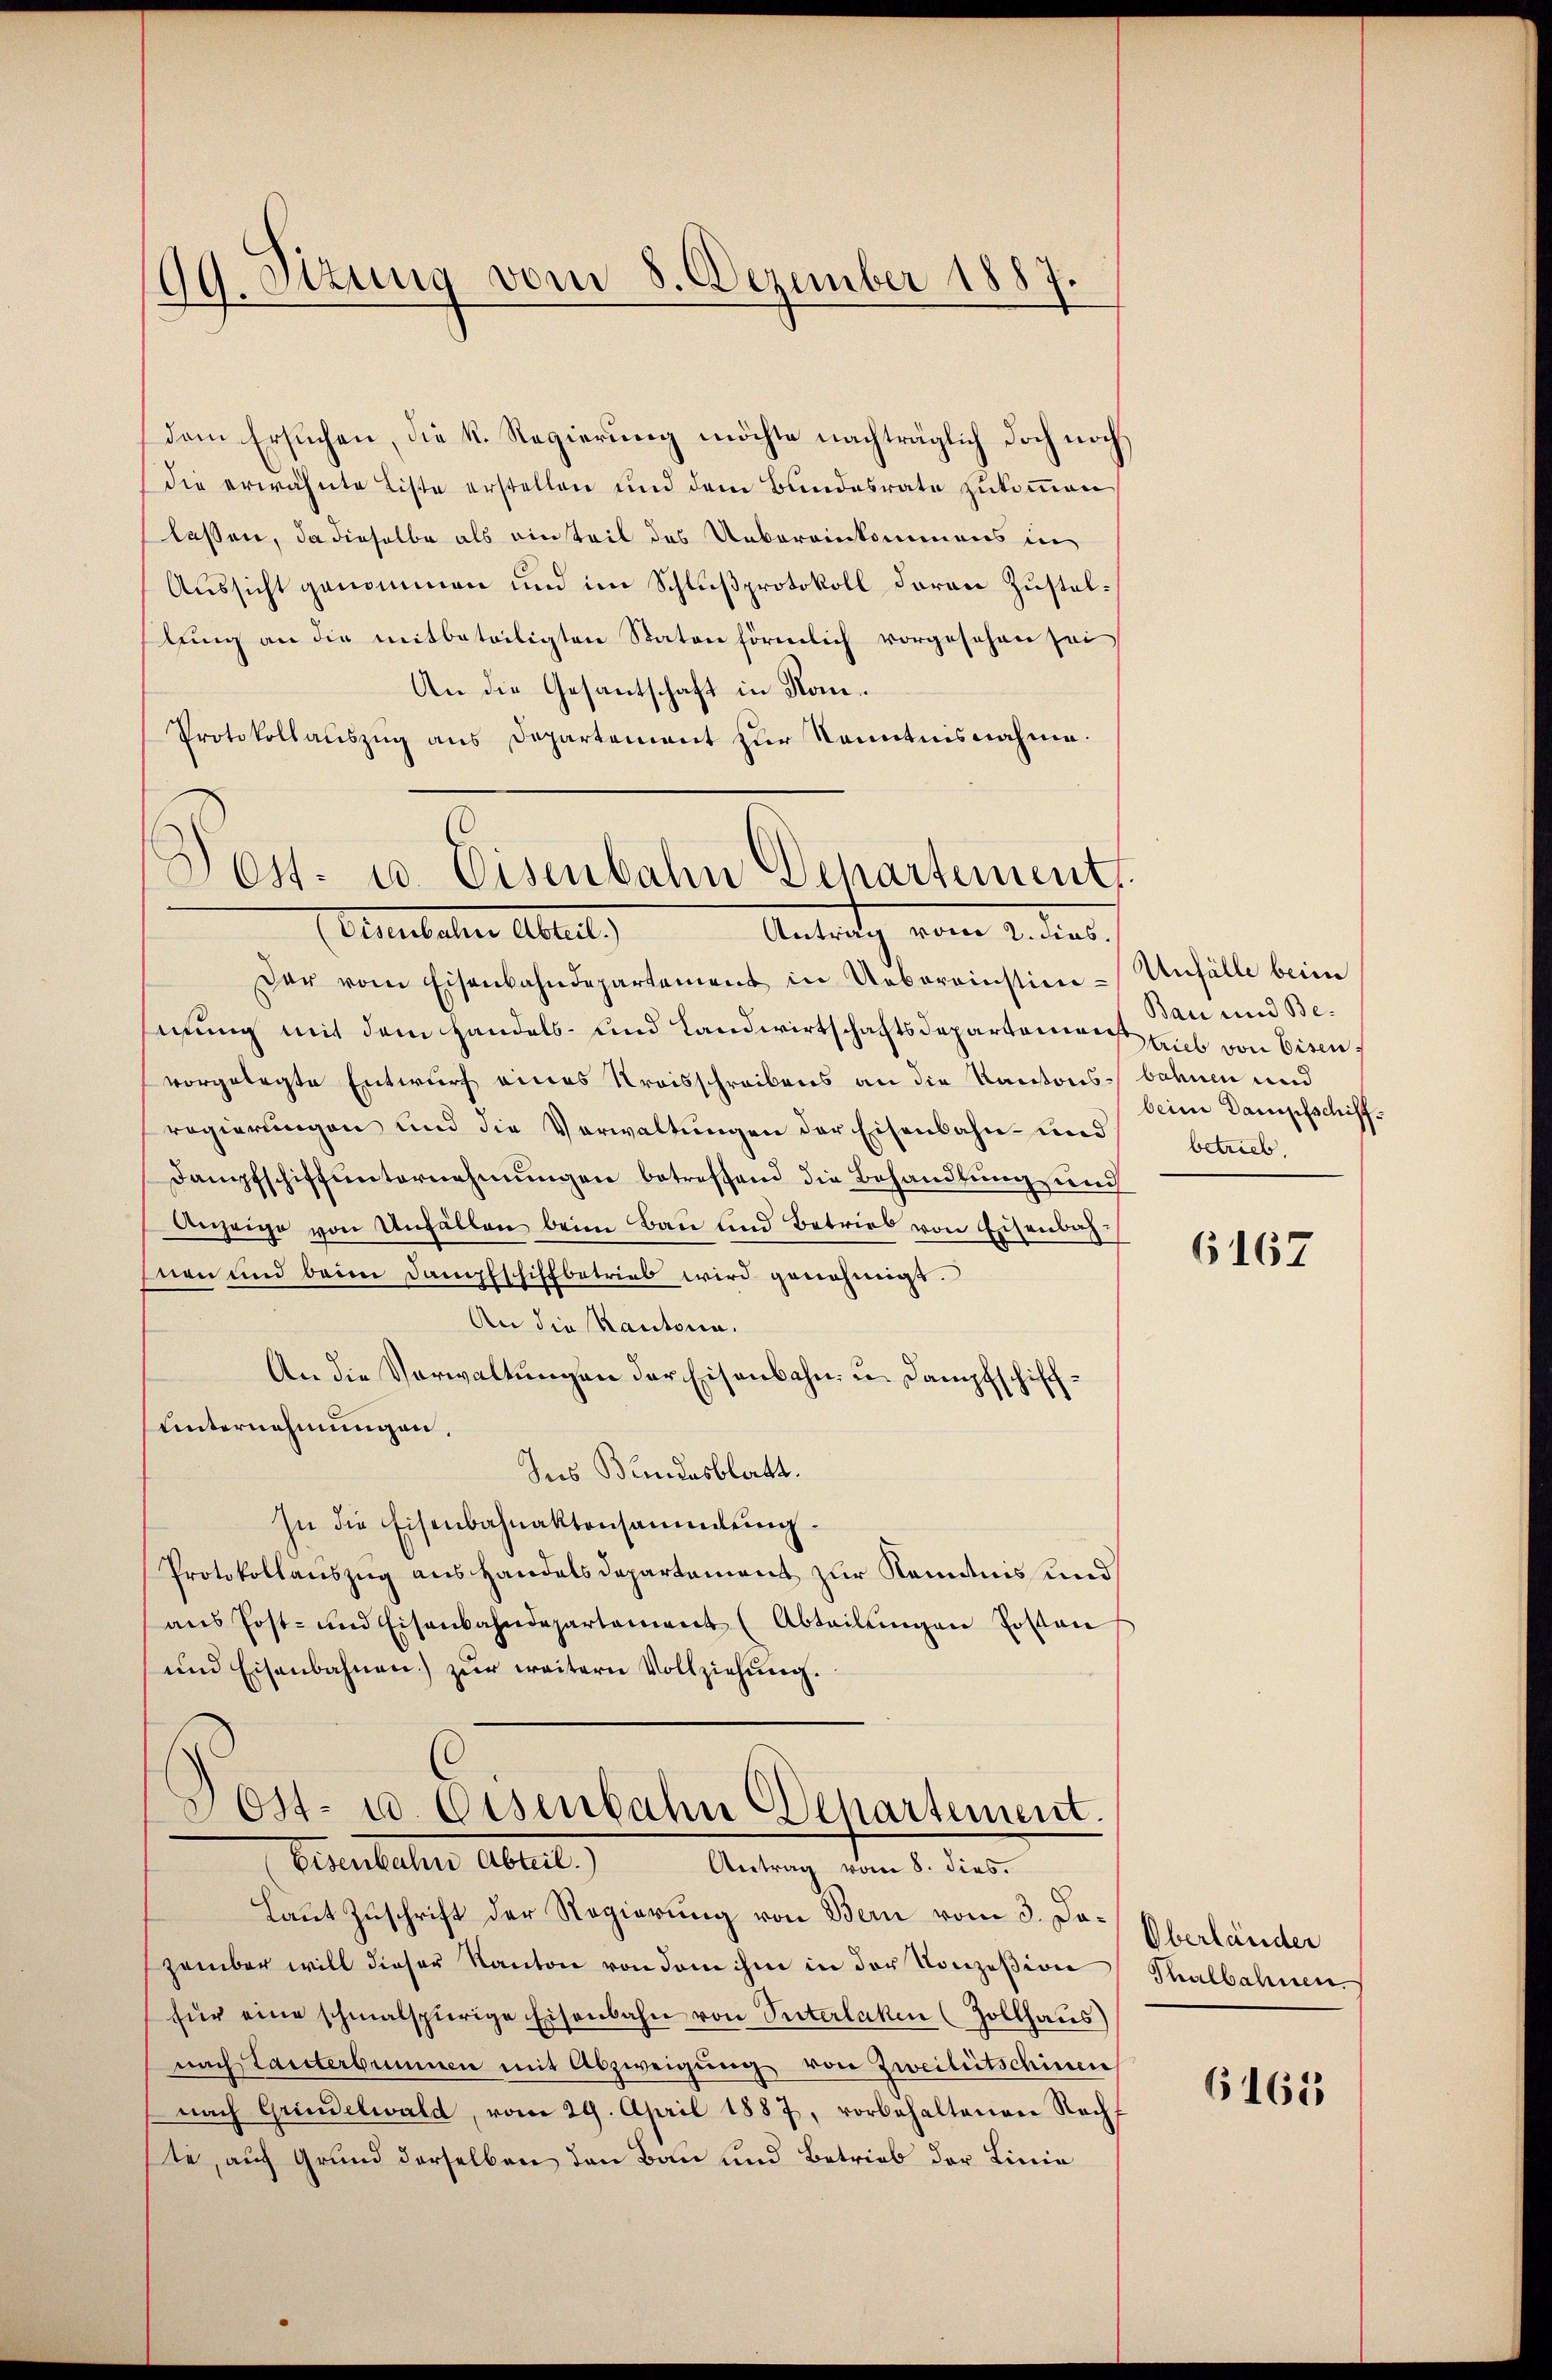
99. Sizung vom 8. Dezember 1887.

dem Ersuchen, die k. Regierung möchte nachträglich doch noch
die erwähnte Liste erstellen und dem Bundesrate zukommen
lassen, da dieselbe als einteil das Uebereinkommens in
Aussicht genommen und im Schlußprotokoll daran Zustellung an die mitbeteiligten Staten förmlich vorgesehen sei
An die Gesantschaft in Kon¬
Protokollauszug aus Departement zur Kenntnisnahme.
Der vom Eisenbahndepartement in Uebereinstien-Unfälle beim
mung mit dem Handels- und Landwirtschaftsdepartemens hieb von Eisen
vorgelegte Entwurf eines Kreisschreibens an die Kantons- bahnen und
regierungen und die Verwaltungen der Eisenbahn- und
Dampfschiffunternehmungen betreffend die Behandlung und
Anzeige von Unfällen beim Bau und Betries von Eisenbahnen und beim Dampfschiffbetrieb wird genehmigt.
An die Kantona.
An die Verwaltungen der Eisenbahn- u. Dampfschiff¬
Unternehmungen,
Ins Bundesblatt.
In die Eisenbahnaktensammlung.
Protokollauszug aus Handels Departement zur Kenntnis und
aus Post- und Eisenbahndepartement (Abteilungen Postan
und Eisenbahnen) zur weitern Vollziehung.
Dost- u. Eisenbahn Departement.
Bereiteten Arbeit.
Antrag vom 8. dies.
Laut Zuschrift der Regierung von Bern vom 3. Dazember will dieser Kanton von dem ihm in der Konzession
für eine schmalspurige Eisenbahn von Vnterlaken (Zollhaus)
nach Lauterbrunnen mit Abzweigung von Zweitütschinen
nach Grindelwald, vom 29. April 1887, vorbehaltenen Nacht
ste, auf Grund derselben den Bau und Betrieb der Linie

Post. u. Eisenbahn Departement.
Anbeten Altert,
Antrag vom 2. dens.

Bau und Bebeim Dampfschiff
betrieb.

6167

Oberländer
Thalbahnen.

6165